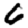
Digit: 6